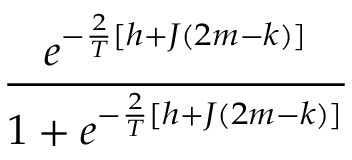
\frac { e ^ { - \frac { 2 } { T } [ h + J ( 2 m - k ) ] } } { 1 + e ^ { - \frac { 2 } { T } [ h + J ( 2 m - k ) ] } }